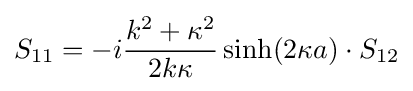
S_{11}=-i{\frac {k^{2}+\kappa ^{2}}{2k\kappa }}\sinh(2\kappa a)\cdot S_{12}